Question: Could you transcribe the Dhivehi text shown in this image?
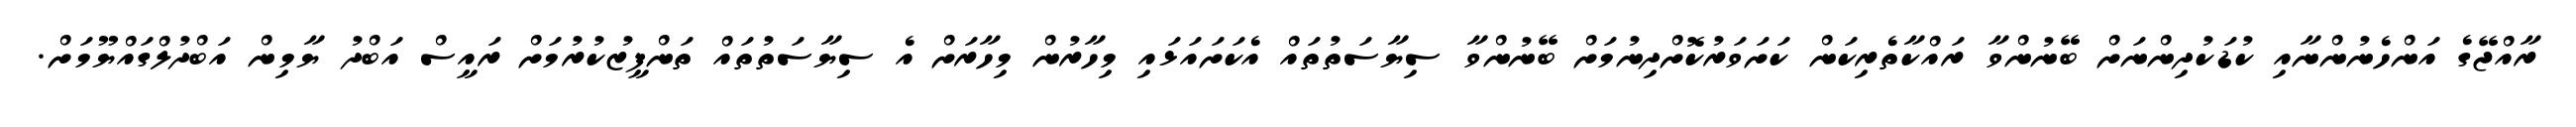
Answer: ރާއްޖޭގެ އަންހެނުންނާއި ކުޑަކުދިންނަށް ބޭނުންވާ ރައްކާތެރިކަން ކަށަވަރުކޮށްދިނުމަށް ބޭނުންވާ ސިޔާސަތުތައް އެކަށައަޅައި މިހާރުން މިހާރަށް އެ ސިޔާސަތުތައް ތަންފީޒުކުރުމަށް ރައީސް އަބްދު ޔާމިން އަބްދުލްގައްޔޫމަށް.